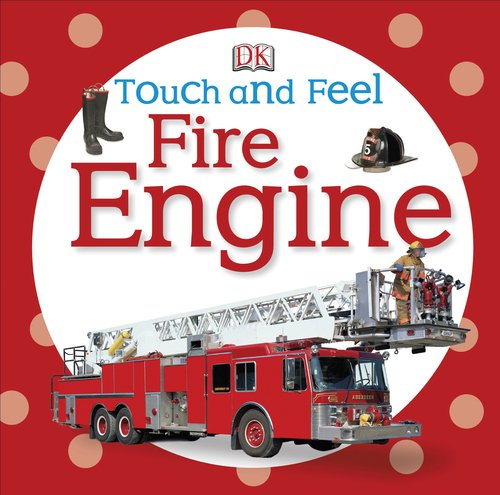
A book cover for Touch and Feel: Fire Engine (Touch & Feel); DK Publishing; Children's Books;